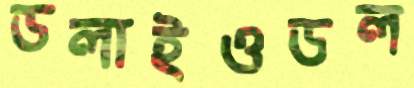
ডলাইওডল